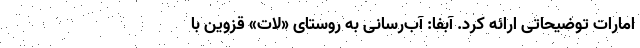
امارات توضیحاتی ارائه کرد. آبفا: آب‌رسانی به روستای «لات» قزوین با